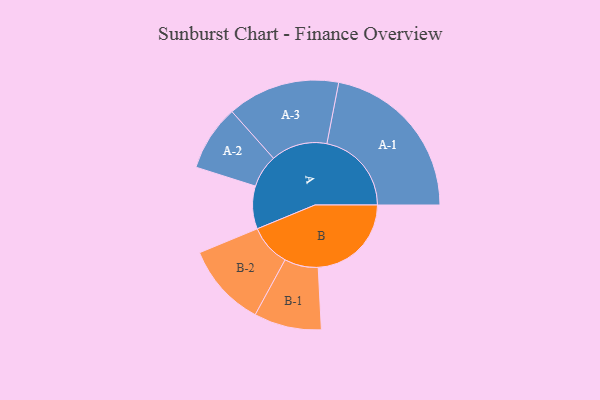
{"axis": {"x": "Segment", "y": "Value"}, "legend": ["", "A", "B"], "data": [{"x": "A", "y": 150, "type": ""}, {"x": "B", "y": 326, "type": ""}, {"x": "A-1", "y": 296, "type": "A"}, {"x": "A-2", "y": 115, "type": "A"}, {"x": "A-3", "y": 197, "type": "A"}, {"x": "B-1", "y": 118, "type": "B"}, {"x": "B-2", "y": 146, "type": "B"}]}